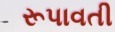
રૂપાવતી